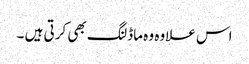
اس علاوہ وہ ماڈلنگ بھی کرتی ہیں ۔